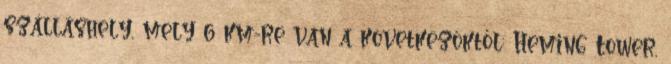
szálláshely, mely 6 km-re van a következőktől: Heming Tower,